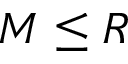
M \leq R